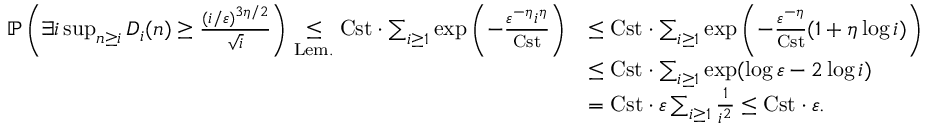
\begin{array} { r l } { \mathbb { P } \left( \exists i \operatorname* { s u p } _ { n \geq i } D _ { i } ( n ) \geq \frac { ( i / \varepsilon ) ^ { 3 \eta / 2 } } { \sqrt { i } } \right) \underset { \mathrm { L e m . } } \leq \mathrm { C s t } \cdot \sum _ { i \geq 1 } \exp \left( - \frac { \varepsilon ^ { - \eta } i ^ { \eta } } { \mathrm { C s t } } \right) } & { \leq \mathrm { C s t } \cdot \sum _ { i \geq 1 } \exp \left( - \frac { \varepsilon ^ { - \eta } } { \mathrm { C s t } } ( 1 + \eta \log i ) \right) } \\ & { \leq \mathrm { C s t } \cdot \sum _ { i \geq 1 } \exp ( \log \varepsilon - 2 \log i ) } \\ & { = \mathrm { C s t } \cdot \varepsilon \sum _ { i \geq 1 } \frac { 1 } { i ^ { 2 } } \leq \mathrm { C s t } \cdot \varepsilon . } \end{array}